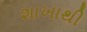
શાખાથી